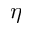
\eta